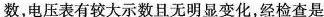
数，电压表有较大示数且无明显变化，经检查是